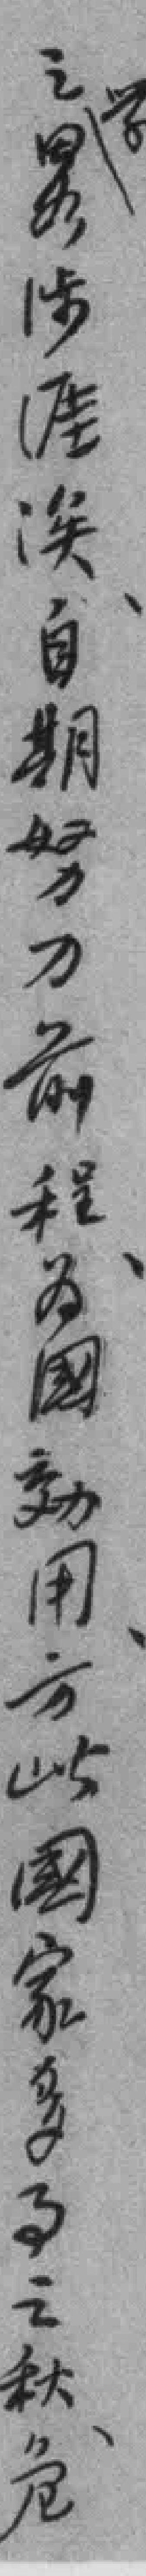
之畧涉涯涘自期努力前程为國效用方此國家多事之秋危